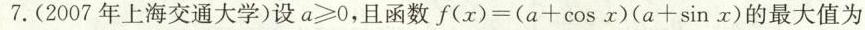
7.(2007年上海交通大学)设$$a ≥ 0$$，且函数$$f ( x ) = ( a + \cos x ) ( a + \sin